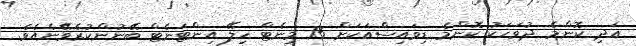
އަދި ކޮންމެ ދުވަހަކު ކޮންމެ ޑިވައިސްއަކަށް 15 މިނެޓް ހިލޭ އިންޓަނެޓް ބޭނުންކުރެވޭނެއެވެ.